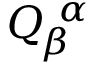
Q _ { \! \beta } ^ { \, \, \alpha }